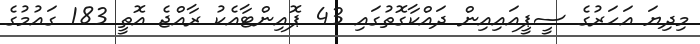
މިދިޔަ އަހަރުގެ ސީޕީއައިއިން ދައްކާގޮތުގައި 43 ޕޮއިންޓާއެކު ރާއްޖެ އޮތީ 183 ގައުމުގެ